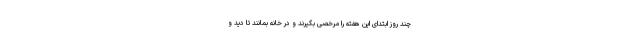
چند روز ابتدای این هفته را مرخصی بگیرند و در خانه بمانند تا دید و